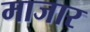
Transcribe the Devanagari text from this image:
माजार